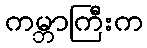
ကမ္ဘာကြီးက